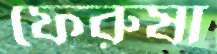
ফেরুষা